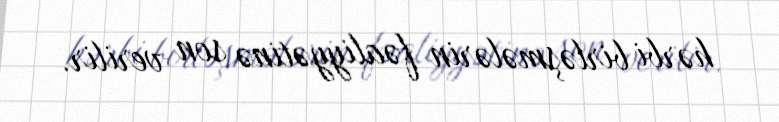
hərbi birləşmələrin fəaliyyətinə son verilir.